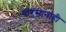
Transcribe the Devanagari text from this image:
वारसांनाही